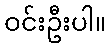
ဝင်းဦးပါ။